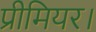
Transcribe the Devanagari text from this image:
प्रीमियर।